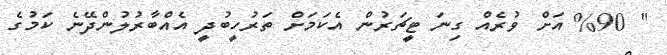
" %90 އަށް ވުރެއް ގިނަ ޓީޗަރުން އެކަމަށް ތަރުހީބުދީ އެއްބާރުލުންދޭނެ ކަމުގެ